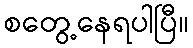
စတွေ့နေရပါပြီ။